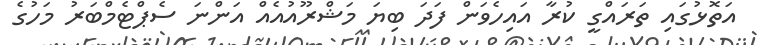
އަތޮޅުގައި ތަރައްގީ ކުރާ އައިހެވަން ފަދަ ބިޔަ މަޝްރޫއުއެއް އަންނަ ސެޕްޓެމްބަރު މަހުގެ